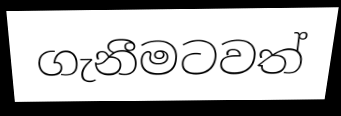
ගැනීමටවත්